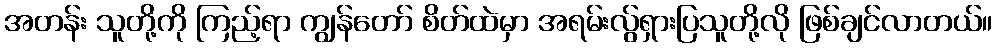
အတန်း သူတို့ကို ကြည့်ရာ ကျွန်တော် စိတ်ထဲမှာ အရမ်းလွ်ရှားပြသူတို့လို ဖြစ်ချင်လာတယ်။